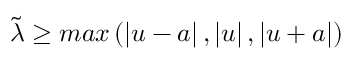
\widetilde { \lambda } \geq m a x \left( \left| u - a \right| , \left| u \right| , \left| u + a \right| \right)